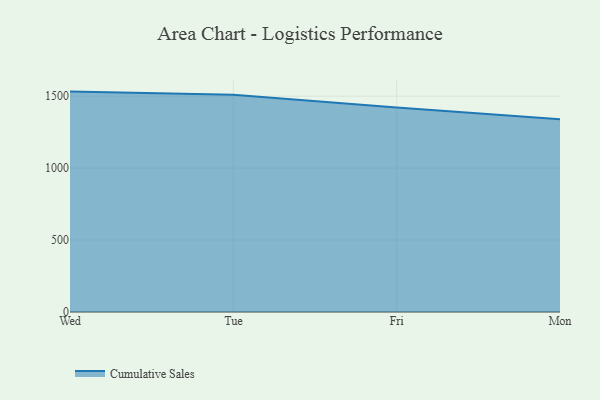
{"axis": {"x": "Day", "y": "Active Users"}, "legend": ["Cumulative Sales"], "data": [{"x": "Wed", "y": 1531.9, "type": "Cumulative Sales"}, {"x": "Tue", "y": 1510.8, "type": "Cumulative Sales"}, {"x": "Fri", "y": 1421.2, "type": "Cumulative Sales"}, {"x": "Mon", "y": 1340.4, "type": "Cumulative Sales"}]}